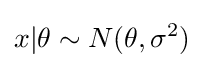
x|\theta \sim N(\theta ,\sigma ^{2})